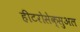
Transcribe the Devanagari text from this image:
हीटरोसेक्सुअल